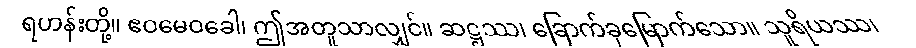
ရဟန်းတို့။ ဧဝမေဝခေါ၊ ဤအတူသာလျှင်။ ဆဋ္ဌဿ၊ ခြောက်ခုမြောက်သော။ သူရိယဿ၊